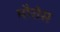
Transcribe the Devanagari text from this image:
मौरोस